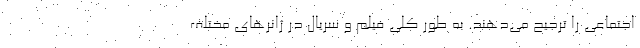
اجتماعی را ترجیح می‌دهند. به طور کلی فیلم و سریال در ژانرهای مختلف